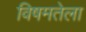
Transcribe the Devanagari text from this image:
विषमतेला